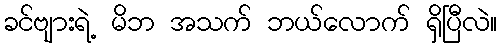
ခင်ဗျားရဲ့ မိဘ အသက် ဘယ်လောက် ရှိပြီလဲ။